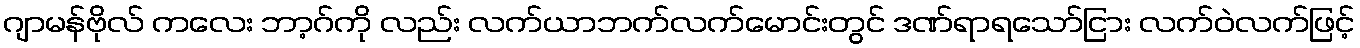
ဂျာမန်ဗိုလ် ကလေး ဘာ့ဂ်ကို လည်း လက်ယာဘက်လက်မောင်းတွင် ဒဏ်ရာရသော်ငြား လက်ဝဲလက်ဖြင့်